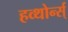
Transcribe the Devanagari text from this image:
हव्थोर्न्स्